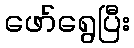
ဖော်ရွေပြီး